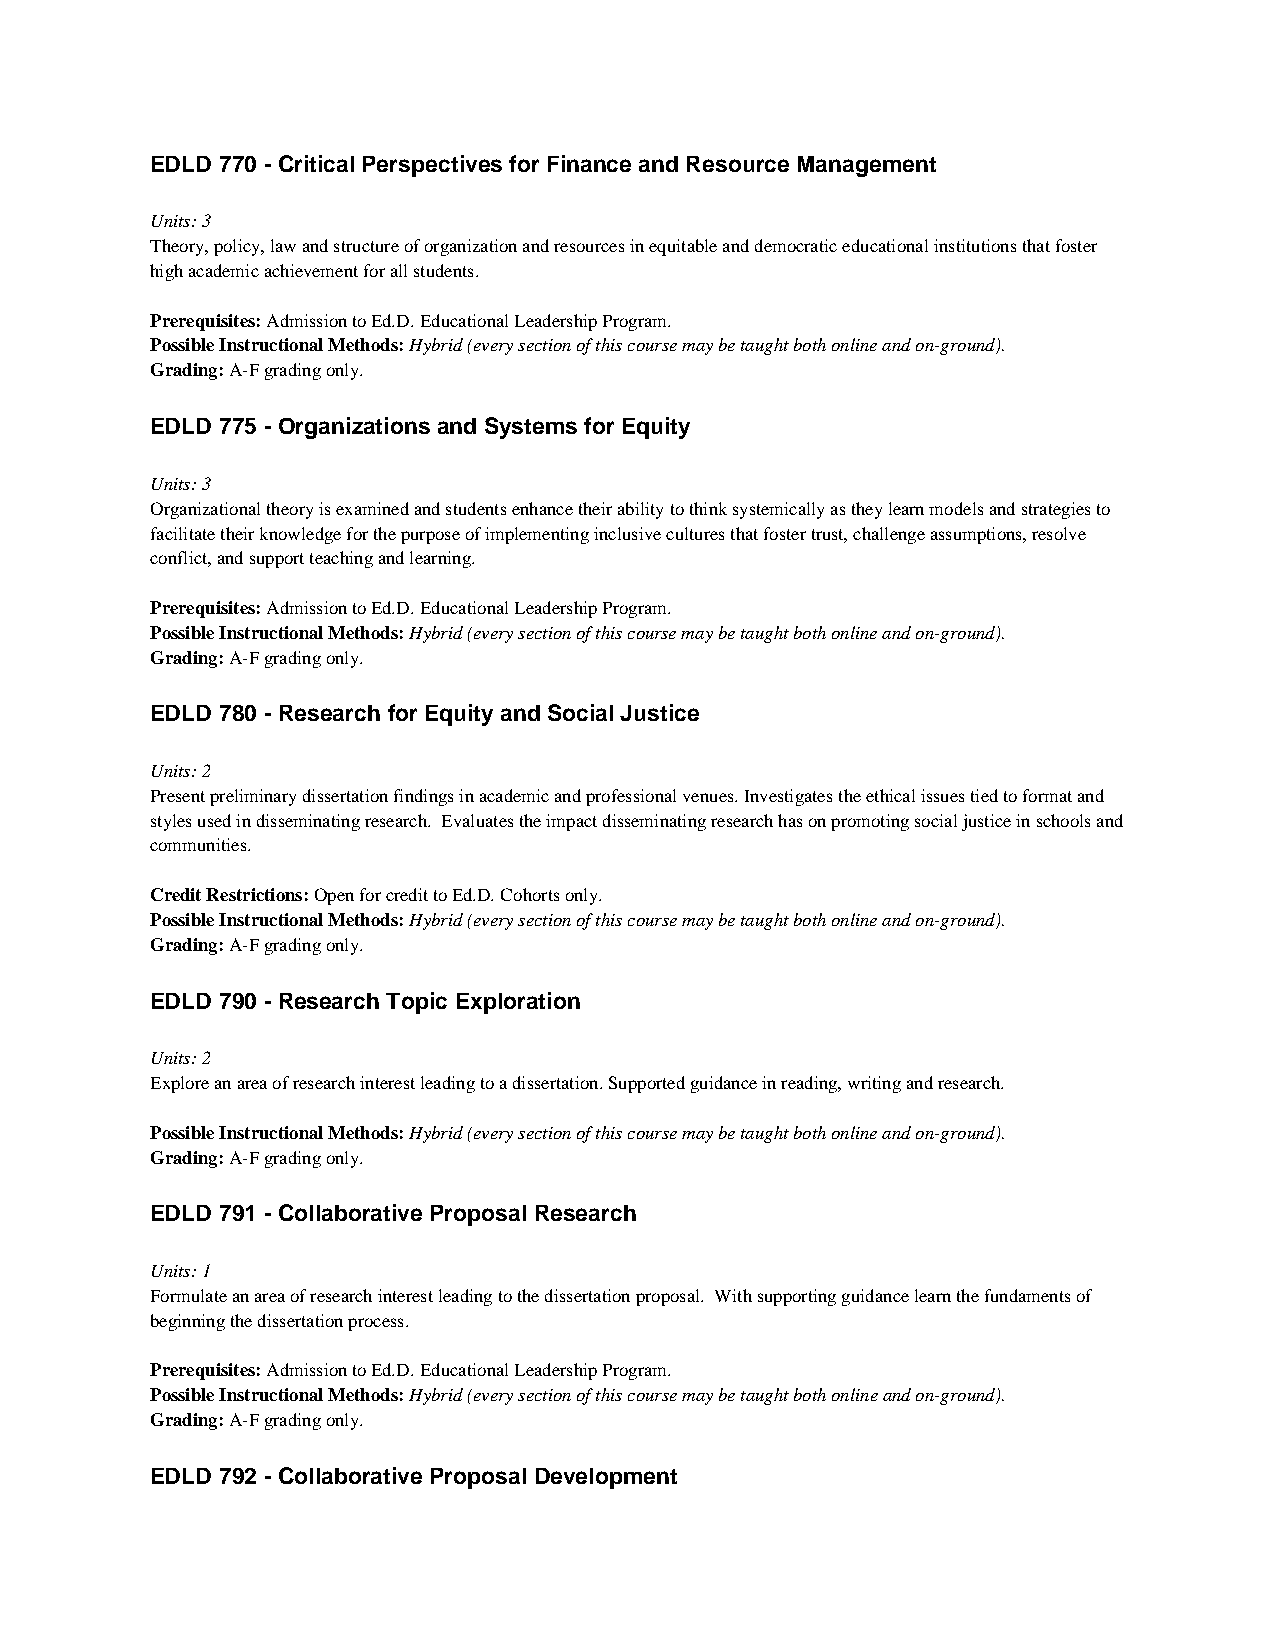
EDLD 770 - Critical Perspectives for Finance and Resource Management
 Units: 3
 Theory, policy, law and structure of organization and resources in equitable and democratic educational institutions that foster
 high academic achievement for all students.
 Prerequisites: Admission to Ed.D. Educational Leadership Program.
 Possible Instructional Methods: Hybrid (every section of this course may be taught both online and on-ground).
 Grading: A-F grading only.
 EDLD 775 - Organizations and Systems for Equity
 Units: 3
 Organizational theory is examined and students enhance their ability to think systemically as they learn models and strategies to
 facilitate their knowledge for the purpose of implementing inclusive cultures that foster trust, challenge assumptions, resolve
 conflict, and support teaching and learning.
 Prerequisites: Admission to Ed.D. Educational Leadership Program.
 Possible Instructional Methods: Hybrid (every section of this course may be taught both online and on-ground).
 Grading: A-F grading only.
 EDLD 780 - Research for Equity and Social Justice
 Units: 2
 Present preliminary dissertation findings in academic and professional venues. Investigates the ethical issues tied to format and
 styles used in disseminating research. Evaluates the impact disseminating research has on promoting social justice in schools and
 communities.
 Credit Restrictions: Open for credit to Ed.D. Cohorts only.
 Possible Instructional Methods: Hybrid (every section of this course may be taught both online and on-ground).
 Grading: A-F grading only.
 EDLD 790 - Research Topic Exploration
 Units: 2
 Explore an area of research interest leading to a dissertation. Supported guidance in reading, writing and research.
 Possible Instructional Methods: Hybrid (every section of this course may be taught both online and on-ground).
 Grading: A-F grading only.
 EDLD 791 - Collaborative Proposal Research
 Units: 1
 Formulate an area of research interest leading to the dissertation proposal. With supporting guidance learn the fundaments of
 beginning the dissertation process.
 Prerequisites: Admission to Ed.D. Educational Leadership Program.
 Possible Instructional Methods: Hybrid (every section of this course may be taught both online and on-ground).
 Grading: A-F grading only.
 EDLD 792 - Collaborative Proposal Development